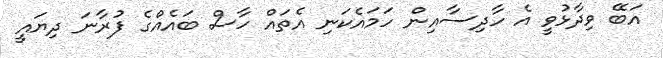
އަބޭ ވިދާޅުވީ އެ ހާދިސާއިން ހަމައެކަނި އެތައް ހާސް ބައެއްގެ ފުރާނަ ދިޔައީ